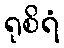
ရုစိရံ